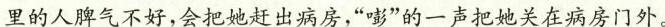
里的人脾气不好，会把她赶出病房，”嘭”的一声把她关在病房门外。